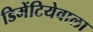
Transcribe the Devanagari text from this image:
डिमेंटियेवाला